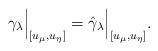
LaTeX: \begin{align*} \gamma_\lambda\Big|_{[u_\mu,u_\eta]}=\hat{\gamma}_\lambda\Big|_{[u_\mu,u_\eta]}.\end{align*}